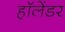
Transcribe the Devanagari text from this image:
हॉलेंडर